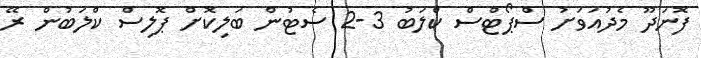
ފޮނަދޫ މެދުއަވަށު ސްޕޯޓްސް ކްލަބު 3-2 ސެޓުން ބަލިކޮށް ޕޮލިސް ކްލަބުން ރޭ